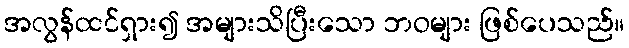
အလွန်ထင်ရှား၍ အများသိပြီးသော ဘဝများ ဖြစ်ပေသည်။